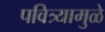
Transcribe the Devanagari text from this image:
पवित्र्यामुळे